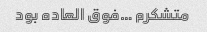
متشکرم …فوق العاده بود